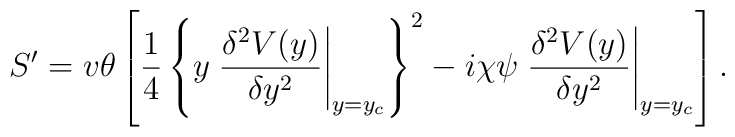
S^{\prime}=v\theta\left[  \frac{1}{4}\left\{y\left.\frac{\delta^2V(y)}{\delta y^2}\right|_{y=y_c}  \right\}^2-i\chi\psi\left.\frac{\delta^2V(y)}{\delta y^2}\right|_{y=y_c}  \right] .